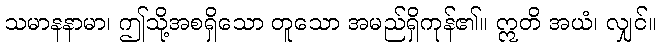
သမာနနာမာ၊ ဤသို့အစရှိသော တူသော အမည်ရှိကုန်၏။ ဣတိ အယံ၊ လျှင်။